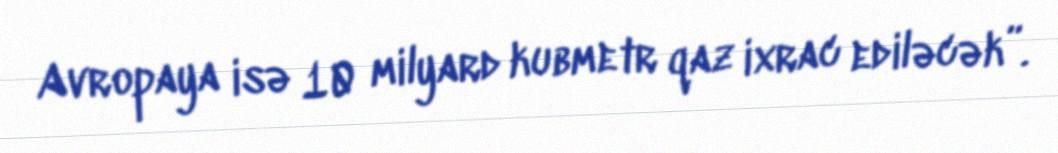
Avropaya isə 10 milyard kubmetr qaz ixrac ediləcək”.